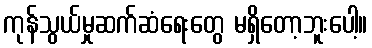
ကုန်သွယ်မှုဆက်ဆံရေးတွေ မရှိတော့ဘူးပေါ့။